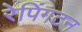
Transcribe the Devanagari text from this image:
रेपिंगटन